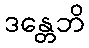
ဒန္တေဘိ